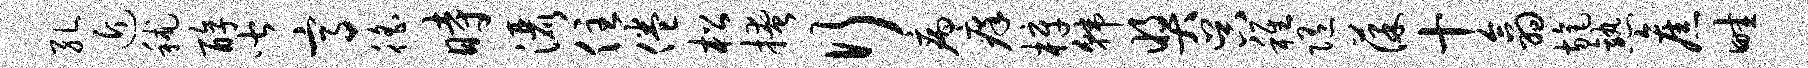
孔近秫醇皆高徭时洒住倦松掩行病痒梓韩奖吴稚随葆十翕旄熟旧畦